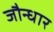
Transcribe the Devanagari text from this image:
जौन्धार